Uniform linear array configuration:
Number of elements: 24
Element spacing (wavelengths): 0.25
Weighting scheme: kaiser
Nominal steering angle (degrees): -60
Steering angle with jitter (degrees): -60.069
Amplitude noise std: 0.05
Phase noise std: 0.05

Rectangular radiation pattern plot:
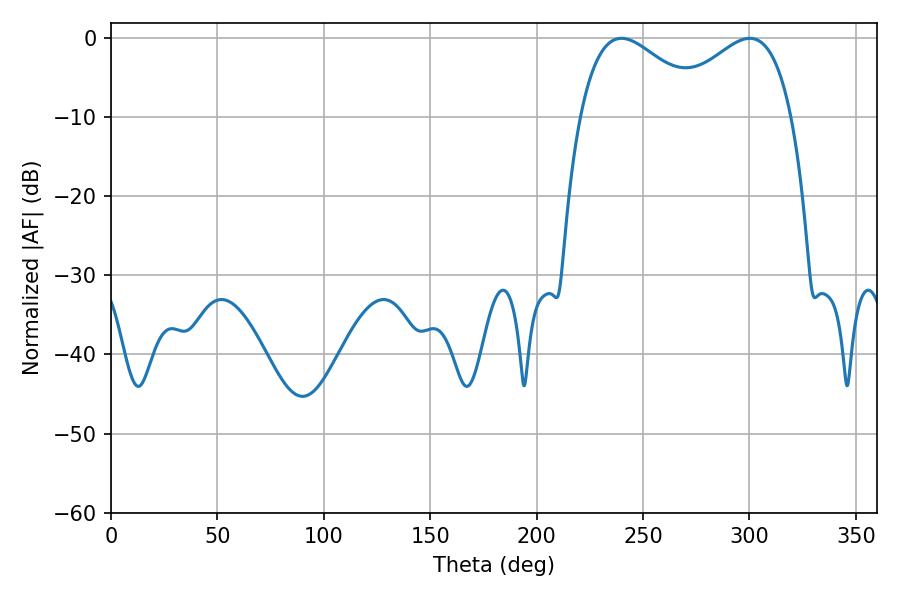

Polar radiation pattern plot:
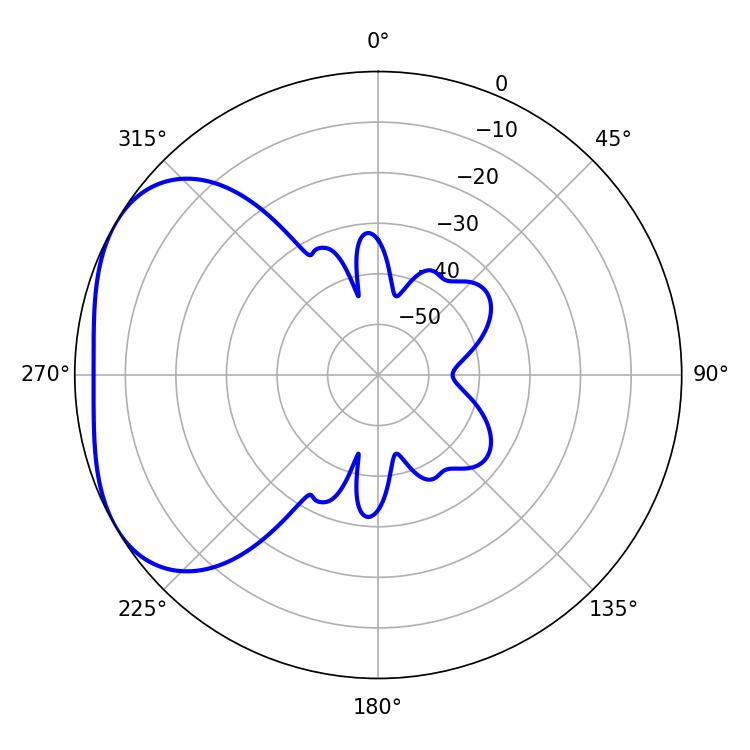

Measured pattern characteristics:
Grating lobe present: FALSE
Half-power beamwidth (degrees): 32.58
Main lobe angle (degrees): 239.94